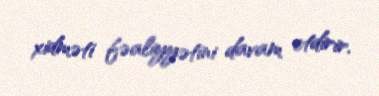
xidməti fəaliyyətini davam etdirir.